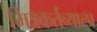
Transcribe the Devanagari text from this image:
मित्रकर्तव्याला